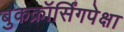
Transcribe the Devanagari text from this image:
बुकक्रॉर्सिंगपेक्षा